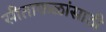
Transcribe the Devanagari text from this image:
सीताफळांसाठी